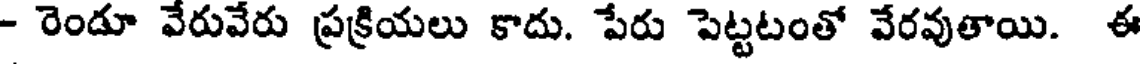
- రెండూ వేరువేరు ప్రక్రియలు కాదు. పేరు పెట్టటంతో వేరవుతాయి. ఈ